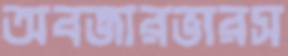
অবজারভারস